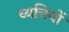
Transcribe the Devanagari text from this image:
व्यत्तियों